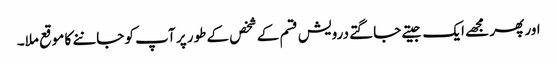
اور پھر مجھے ایک جیتے جاگتے درویش قسم کے شخص کے طور پر آپ کو جاننے کا موقع ملا۔